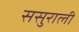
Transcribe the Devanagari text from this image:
ससुराली